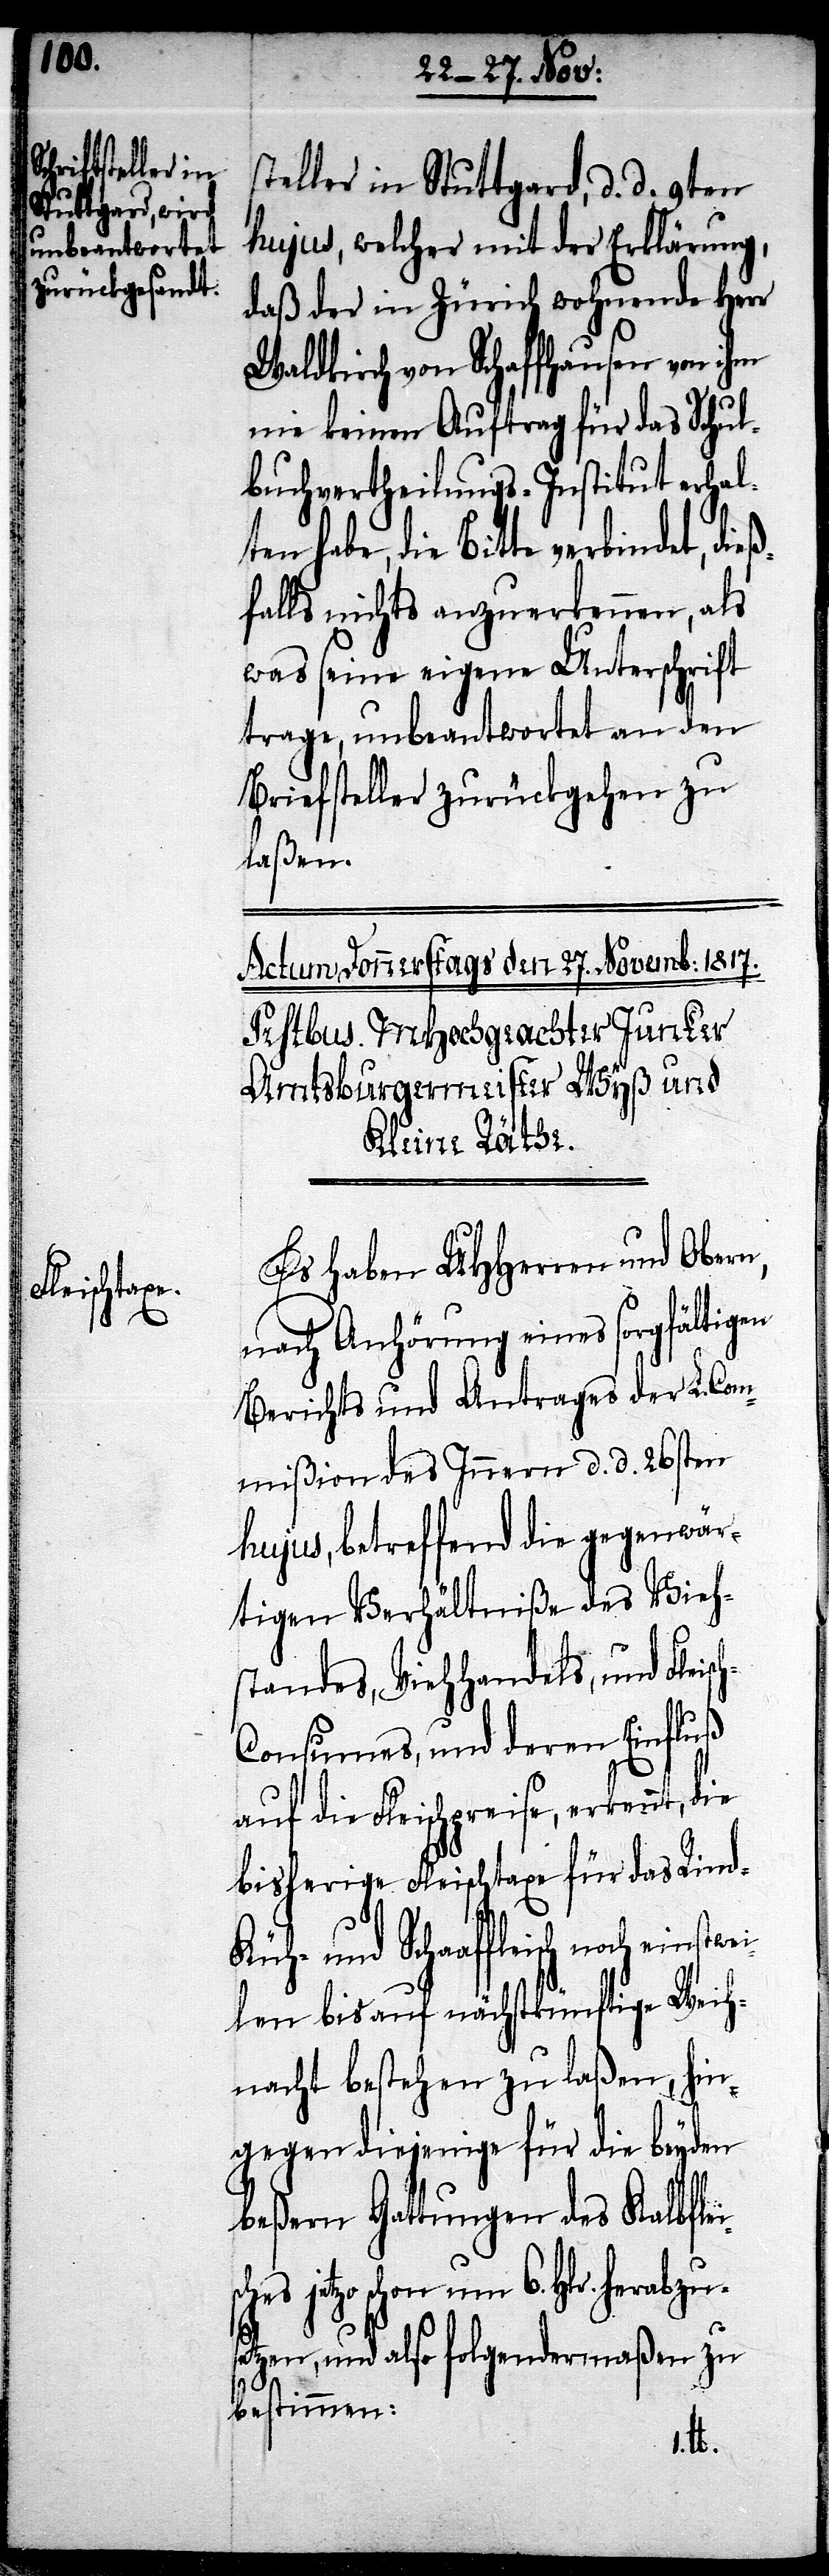
einstwei¬

steller in Stuttgard, d. d. 9ten
hujus, welcher mit der Erklärung,
daß der in Zürich wohnende Herr
Waldkirch von Schaffhausen von ihm
nie keinen Auftrag für das Schul¬
buchvertheilungs-Institut erhalt¬
en habe, die Bitte verbindet,
falls nichts anzuerkennen, als
was seine eigene Unterschrift
trage, unbeantwortet an den
Briefsteller zurückgehen zu
laßen.
Es haben UHHerren und Obern,
nach Anhörung eines sorgfältigen
Berichts und Antrages der L. Com¬
mißion des Innern d. d. 26sten
hujus, betreffend die gegenwär¬
tigen Verhältniße des Vieh¬
standes, Viehhandels und Fleis¬
onsumes, und deren Einfluß
auf die Fleischpreise, erkennt die
bisherige Fleischtaxe für das Rin¬
Küh- und Schaaffleisch noch
len bis auf nächstkünftige Weih¬
nacht bestehen zu laßen, hin¬
gegen diejenige für die beyden
beßern Gattungen des Kalbflei¬
jetzo schon um 6. Hlr. herabzus¬
etzen, und also folgendermaßen zu
bestimmen:
sches